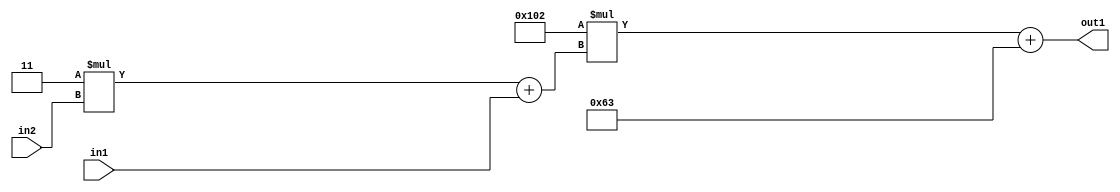
`timescale 1ps / 1ps
/*****************************************************************************
    Verilog RTL Description
    
    
    Created by: Stratus DpOpt 2019.1.01 
*******************************************************************************/

module DC_Filter_Add2i99Mul2i258Add2u1Mul2i3u2_4 (
	in2,
	in1,
	out1
	); /* architecture "behavioural" */ 
input [1:0] in2;
input  in1;
output [11:0] out1;
wire [11:0] asc001;
wire [3:0] asc002;

wire [3:0] asc002_tmp_0;
assign asc002_tmp_0 = 
	+(4'B0011 * in2);
assign asc002 = asc002_tmp_0
	+(in1);

wire [11:0] asc001_tmp_1;
assign asc001_tmp_1 = 
	+(12'B000100000010 * asc002);
assign asc001 = asc001_tmp_1
	+(12'B000001100011);

assign out1 = asc001;
endmodule

/* CADENCE  v7bxTg8= : u9/ySgnWtBlWxVPRXgAZ4Og= ** DO NOT EDIT THIS LINE ******/